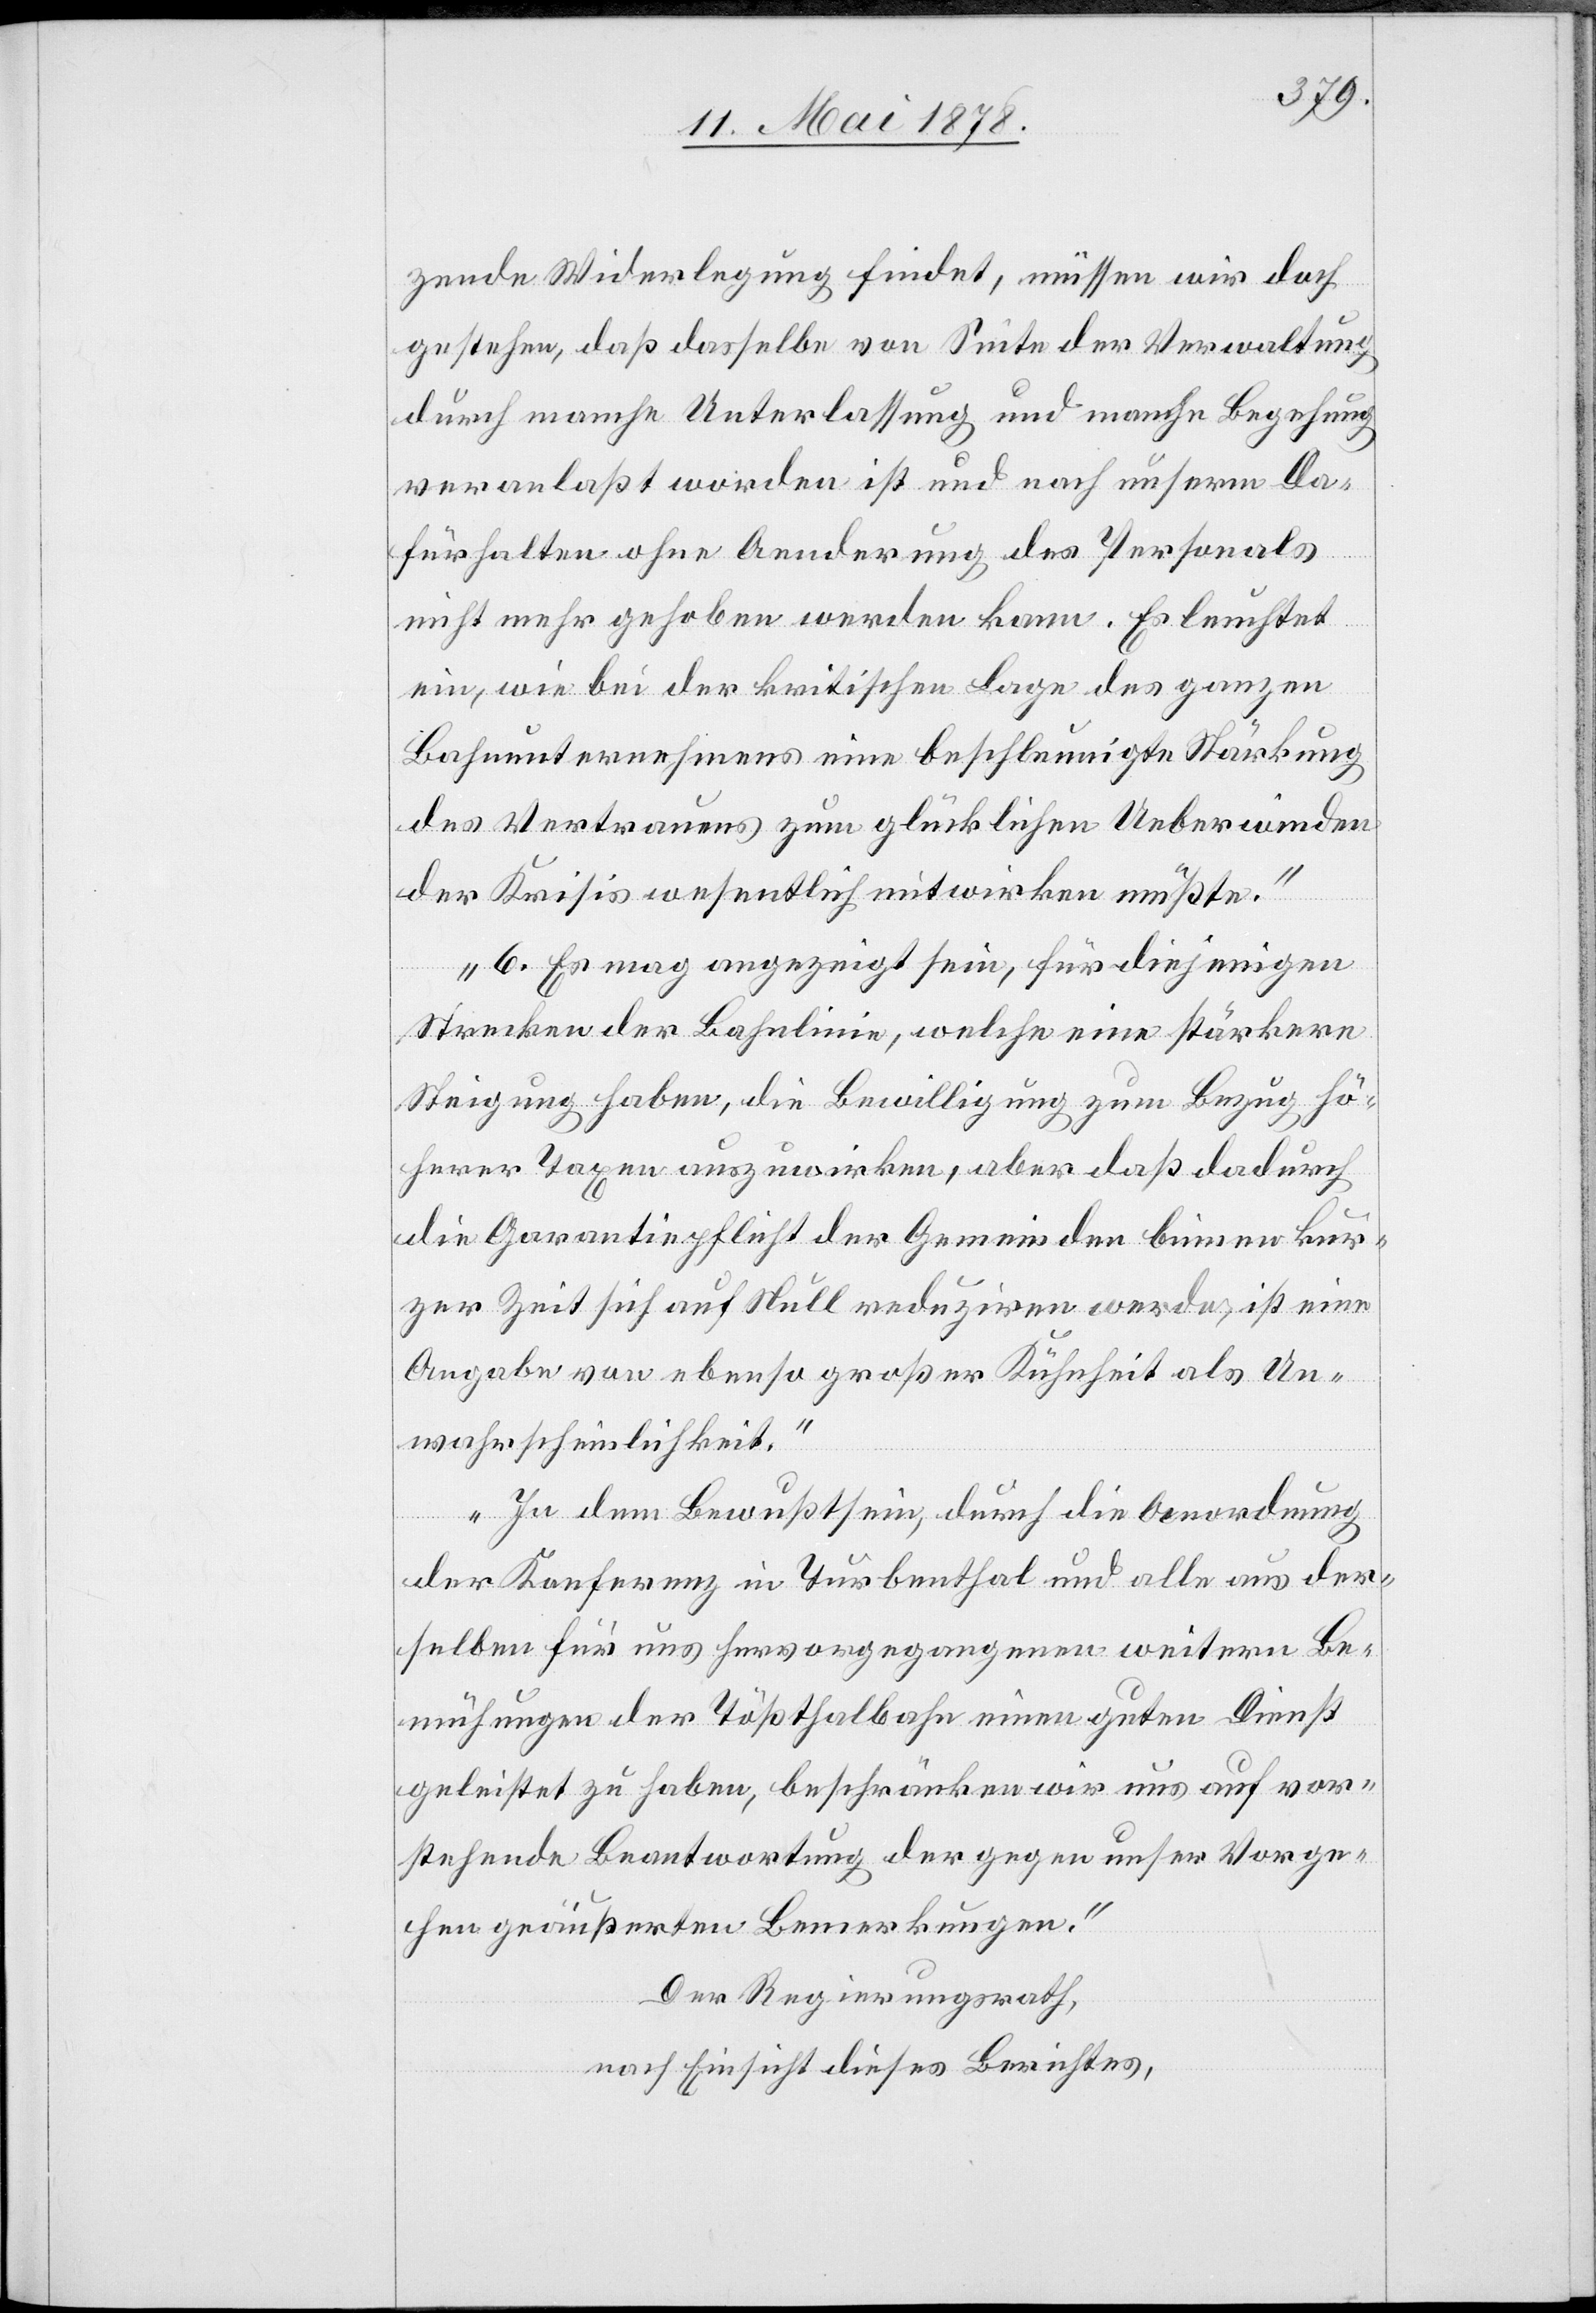
zende Widerlegung findet, müssen wir doch
gestehen, daß dasselbe von Seite der Verwaltung
durch manche Unterlassung und manche Begehung
veranlaßt worden ist und nach unserm Da¬
fürhalten ohne Aenderung des Personals
nicht mehr gehoben werden kann. Es leuchtet
ein, wie bei der kritischen Lage des ganzen
Bahnunternehmens eine beschleunigte Stärkung
des Vertrauens zum glücklichen Ueberwinden
der Krisis wesentlich mitwirken müßte.“
„6. Es mag angezeigt sein, für diejenigen
Strecken der Bahnlinie, welche eine stärkere
Steigung haben, die Bewilligung zum Bezug hö¬
herer Taxen auszuwirken, aber daß dadurch
die Garantiepflicht der Gemeinden binnen kur¬
zer Zeit sich auf Null reduziren werde, ist eine
Angabe von ebenso großer Kühnheit als Un¬
wahrscheinlichkeit.“
„In dem Bewußtsein, durch die Anordnung
der Konferenz in Turbenthal und alle aus der¬
selben für uns hervorgegangenen weitern Be¬
mühungen der Tößthalbahn einen guten Dienst
geleistet zu haben, beschränken wir uns auf vor¬
stehende Beantwortung der gegen unser Vorge¬
hen geäußerten Bemerkungen.“
Der Regierungsrath,
nach Einsicht dieses Berichtes,